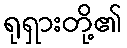
ရုရှားတို့၏